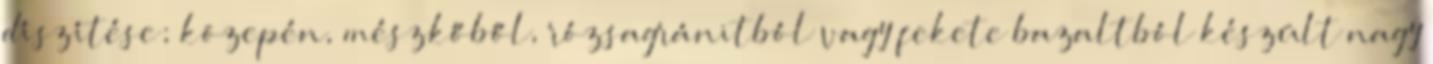
díszítése; közepén, mészkőből, rózsagránitból vagy fekete bazaltból készült nagy